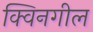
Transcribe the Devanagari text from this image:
क्विनगील